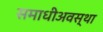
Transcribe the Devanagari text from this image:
समाधीअवस्था